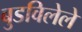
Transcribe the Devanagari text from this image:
बुडविलेले